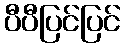
ပီပီပြင်ပြင်